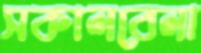
সকালবেলা